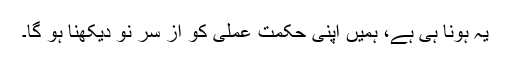
یہ ہونا ہی ہے، ہمیں اپنی حکمت عملی کو از سرِ نو دیکھنا ہو گا۔